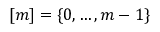
[ m ] = \{ 0 , \dots , m - 1 \}